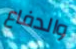
والدفاع